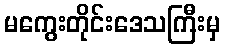
မကွေးတိုင်းဒေသကြီးမှ